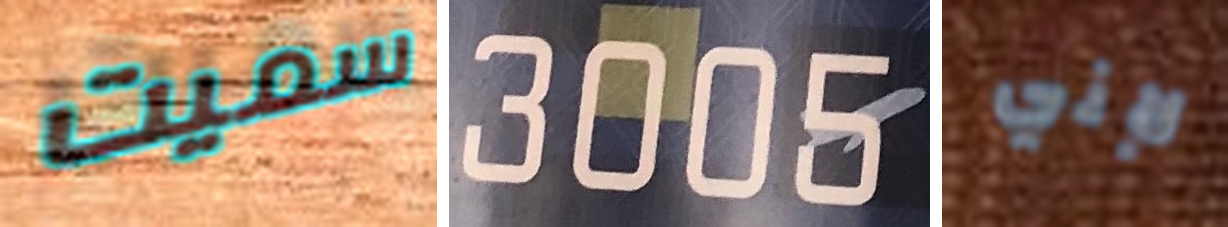
سميت 3005 لإني